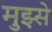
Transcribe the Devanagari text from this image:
मुझ्से